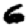
Digit: 6